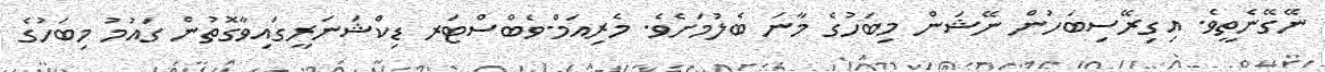
ނޭގޭނެތީވެ. އިގިރޭސިބަހުން ނޭޝަން މިބަހުގެ މާނަ ބެލުމަށެވެ. މެރިއަމް-ވެބްސްޓަރ ޑިކްޝަނަރީގައިވާގޮތުން ގައުމު މިބަހުގެ